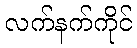
လက်နက်ကိုင်